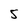
Character: 5